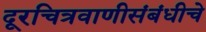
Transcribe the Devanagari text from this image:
दूरचित्रवाणीसंबंधीचे